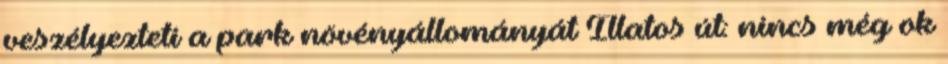
veszélyezteti a park növényállományát Illatos út: nincs még ok